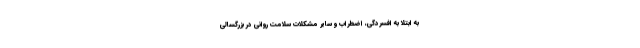
به ابتلا به افسردگی، اضطراب و سایر مشکلات سلامت روانی در بزرگسالی